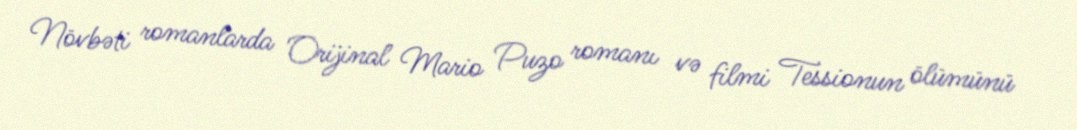
Növbəti romanlarda Orijinal Mario Puzo romanı və filmi Tessionun ölümünü